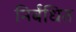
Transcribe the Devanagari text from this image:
निर्बंधित